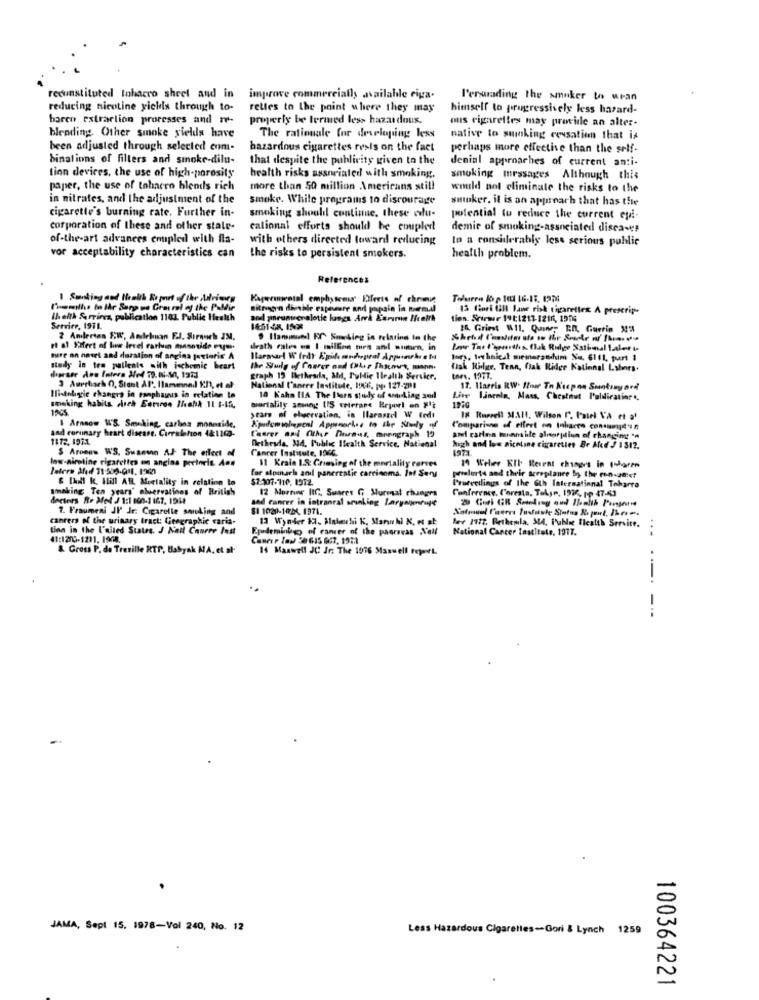
reconstituted tobacco sheet and in
improve commercially available eiga-
l'erarading the smoker to wean
reducing nicotine yickis through to-
rettes to the point where they may
himself to progressively less hazard-
baren extraction processes and re-
properly be lermed less hazardous.
ous cigarettes may provide an alter-
blending Other smoke yields have
The rationale for developing less
native to suinking cessation that is
been adjusted through selected com-
hazardous cigarettes resis on the fact
perhaps more effective than the self-
binations of fillers and smoke-dilu-
that despite the publicity given to the
denial approaches of current anti-
tion devices, the use of high-porosity
health risks assoriated with smoking.
smoking messages Although this
paper, the use of tobacco blends rich
more than 50 million Americans still
would not eliminate the risks to the
in nitrates, and the adjustment of the
smoke. While programs to discourage
sminker. il is an approach that has the
cigarette's burning rate. Further in-
smoking should continue, these alu-
potential tu reduce the current epi-
corporation of these and other stale-
cational efforts should be complet
demir of smoking-associated disca-es
of-the-art advances coupled with fla-
with others directed toward reducing
to a considerably less serious public
vor acceptability characteristics can
the risks to persistent smokers.
health problem.
References
1 Smnting and Health Bo point of the Advice
Kageemmental emphysema Effects of chronic
Tofurro l& p 101 16-17. 1274
nitrogen diesile espere and papain In normal
15 finek (AH lawe risk cigarettes A prescrip-
Ihelth & rrirez, publication 1101. Public Health
aod porunucralotie langs. Arrk Earumin Health
ties. Srirmr 14 1:1212-1216, 1976
Service, 1971.
In, Griest W11, Quier En, Guerin 24
2 Andlertan SW, Amdehun EJ. Sırnoch IN.
Ilamimonl Er Sonbing is relating to the
et al Sifert of lor level carluin masnide Pym.
mire on naset and duration of angins peterie A
lors, technical memorandum Na, 6111, purt 1
study in ten pallenis with ischemic beart
the Sudlg of Correr and (her Thauns, mann.
tak Ridge, Tenn, Oak Ridge National Labors.
graph 19 Bethesda, at, Public Health Service.
nes. 1977.
3 Auerbach 0, Stant Al. Ilammnadl Kn), et al
National l'ancre Institute, IDC6, pp. 127-201
17. Harris RW- How To Keepon Smoking ard
Ili-deligie changes in tanphauus in relation to
10 Kahn IIA The Ilers study of working sud
lincoln, Mass, Chestnut P'uldication ..
smoking habits och Enteros Maha 11 I-If,
mortality amning (IS cricrane Reperi en #'t
1970
years of choervation, in Ilarasze W fedt
I8 Ruerell 3.311. Wilson (. Patel VA et a'
and coronary heart disease. Curralhon 421100-
$ Arnnow W'S. Smoking, carbos monnside,
Compariune of effort on tobacco consumd'in
1172. 1971.
Churer and Other Para-ss, moengraph 19
Detheyla, Md. Public Ifcalth Service, National
and carlea minmile alneorption of changing **
$ Aroaus WS. Swanson At The effect of
Cancer Institute, 1060.
high and low nicotine cigarettes Br Ated J 1312.
low-nirotine cigarettes en angina pectoris Ans
11 Krain I.S: Grieving of the mortality corces
for stomach anil pancreatic carcinoma. Inf Sery
19 Weber KII Reirat chisgrs in share
& Ihdl k. til AB Mortality in relation to
$1-107-110. 1972.
pralurte and their acreplanee By the con-at:et
amaking Ten years' abiervations of British
12 Mortune IIC, Suares G Surmat changes
Conference, C'areata, Tolga, 1996, pp 47.43
Pruevedlings of The 6th International Toharro
docters Re Afod J 1:1 100-1 167. 1914
sad cancer in intraoral sranking Largaijenruje
1. Fraumeni JI" Jr. Cigarette sending and
SI 1020-1024, 1971.
Natrum Puerro Puntuale Status Report, 13com.
canrers of the urinary tract: Geographic varia-
13 Wynder 12. Malauhi K, Marubi K, et at
tinn in the I'alled States. J Nait Canere Inst
Eyademinkg of cancer of the pasrreas Nell
fer 1972. Bethemila, 344, Public Health Service.
National Cancer Institute, 1917.
..
41:1205-1211. 1908.
&. Gross P. de Tresille RTP, Babyak MA, et al
14 Maxwell JC Jr: The 1076 Maxwell FejenrL
---.
---
JAMA, Sept 15. 1978-Vol 240, No. 12
Less Hazardous Cigarettes -- Gori & Lynch 1259
100364221